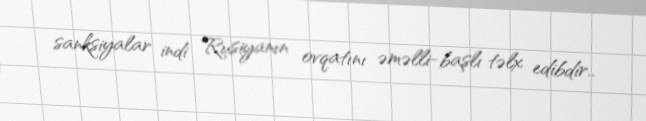
sanksiyalar indi Rusiyanın ovqatını əməlli-başlı təlx edibdir..